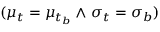
( \mu _ { t } = \mu _ { t _ { b } } \land \sigma _ { t } = \sigma _ { b } )